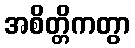
အစိတ္တိကတွာ